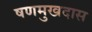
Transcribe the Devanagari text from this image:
षणमुखदास